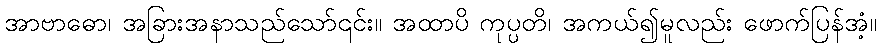
အာဗာဓော၊ အခြားအနာသည်သော်၎င်း။ အထာပိ ကုပ္ပတိ၊ အကယ်၍မူလည်း ဖောက်ပြန်အံ့။